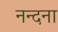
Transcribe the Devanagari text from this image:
नन्दना